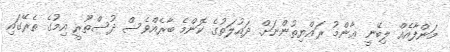
މަންފާއެއް ލިބޭނީ ޢާންމު ރައްޔިތުންނަށް. ދައުލަތުގެ ކޮންމެ ބާރެއްވެސް ދުސްތޫރީ އިމުގެ ތެރޭގައި